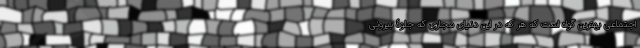
اجتماعی بهترین گواه است که هر که در این دنیای مجازی که جلوۀ بیرونی